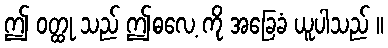
ဤ ဝတ္ထု သည် ဤဓလေ့ ကို အခြေခံ ယူပါသည် ။